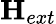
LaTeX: \mathbf{H}_{ext}